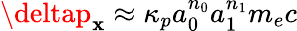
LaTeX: \deltap_{\mathbf{x}}\approx\kappa_{p}a_{0}^{n_{0}}a_{1}^{n_{1}}m_{e}c